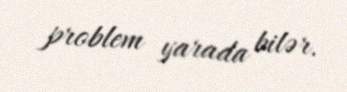
problem yarada bilər.